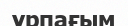
ұрпағым